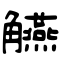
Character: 觾